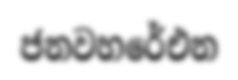
ජනවහරේඑන